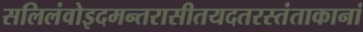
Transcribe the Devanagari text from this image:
सलिलंवोइदमन्तरासीतयदतरस्तंताकानां